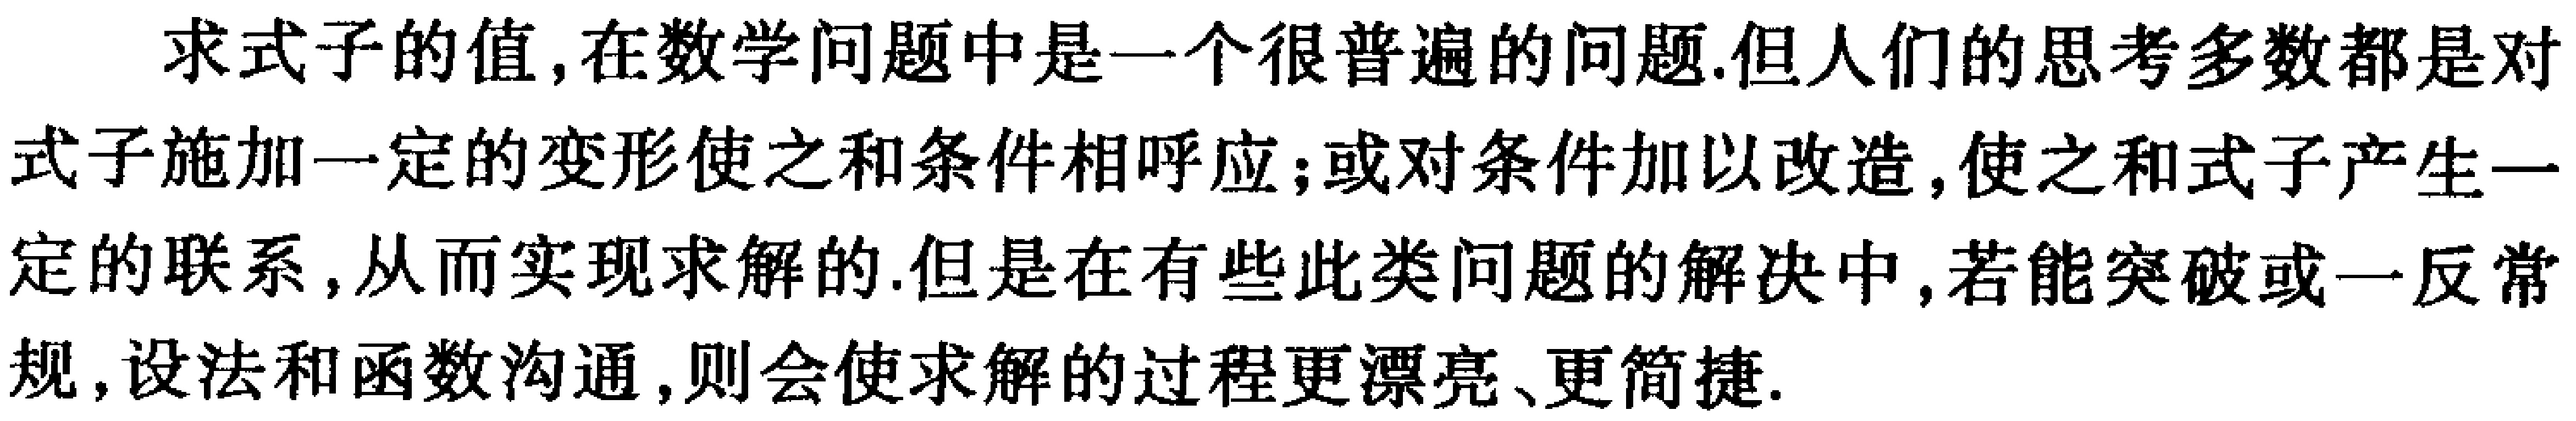
求式子的值,在数学问题中是一个很普遍的问题.但人们的思考多数都是对式子施加一定的变形使之和条件相呼应;或对条件加以改造,使之和式子产生一定的联系,从而实现求解的.但是在有些此类问题的解决中,若能突破或一反常规,设法和函数沟通,则会使求解的过程更漂亮、更简捷.